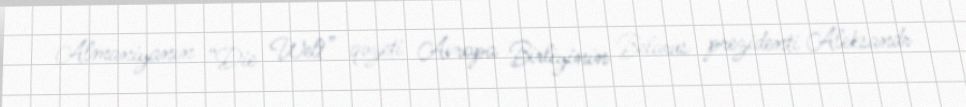
Almaniyanın “Die Welt” qəzeti Avropa Birliyinin Belarus prezidenti Aleksandr